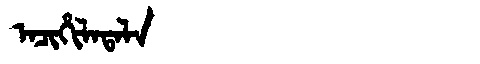
Manchu: ᠠᠴᡳᡥᡳᠯᠠᡨᠠᠯᠠ
Romanization: ACIHILATALA